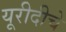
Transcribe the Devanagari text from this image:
यूरीदीचे